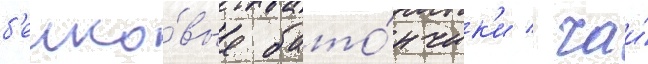
б'елко́вые бато́нчик'и / чаи́